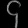
Digit: ၄